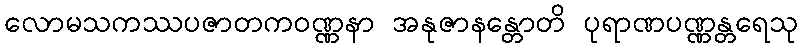
လောမသကဿပဇာတကဝဏ္ဏနာ အနုဇာနန္တောတိ ပုရာဏပဏ္ဏန္တရေသု